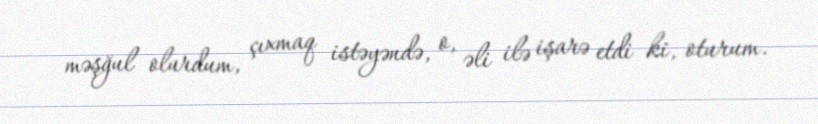
məşğul olurdum, çıxmaq istəyəndə, o, əli ilə işarə etdi ki, oturum.